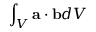
\int _ { V } { \bf { a } } \cdot { \bf { b } } d V